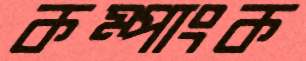
কম্পাংক